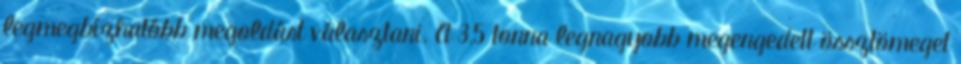
legmegbízhatóbb megoldást választani. A 3,5 tonna legnagyobb megengedett össztömeget